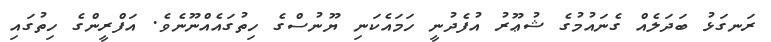
ރަނގަޅު ބަދަލެއް ގެނައުމުގެ ޝުޢޫރު އުފެދުނީ ހަމައެކަނި ޔޫނުސްގެ ހިތުގައެއްނޫނެވެ. އަފްރީންގެ ހިތުގައި